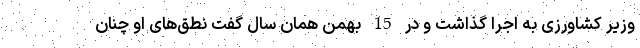
وزیر کشاورزی به اجرا گذاشت و در 15 بهمن همان سال گفت نطق‌های او چنان